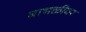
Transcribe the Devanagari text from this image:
बाभळीवर